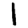
Digit: 1